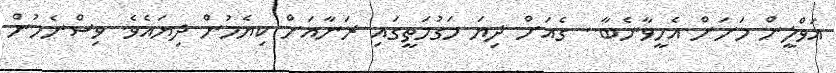
އަވްލީން މަށަށް އެހީވާނެބާ.. ގެއަށް ދިޔަ މަގުމަތީގައި ރަނާއަށް ކިޔެމުން ދިޔައެވެ. ވިސްނެމުން